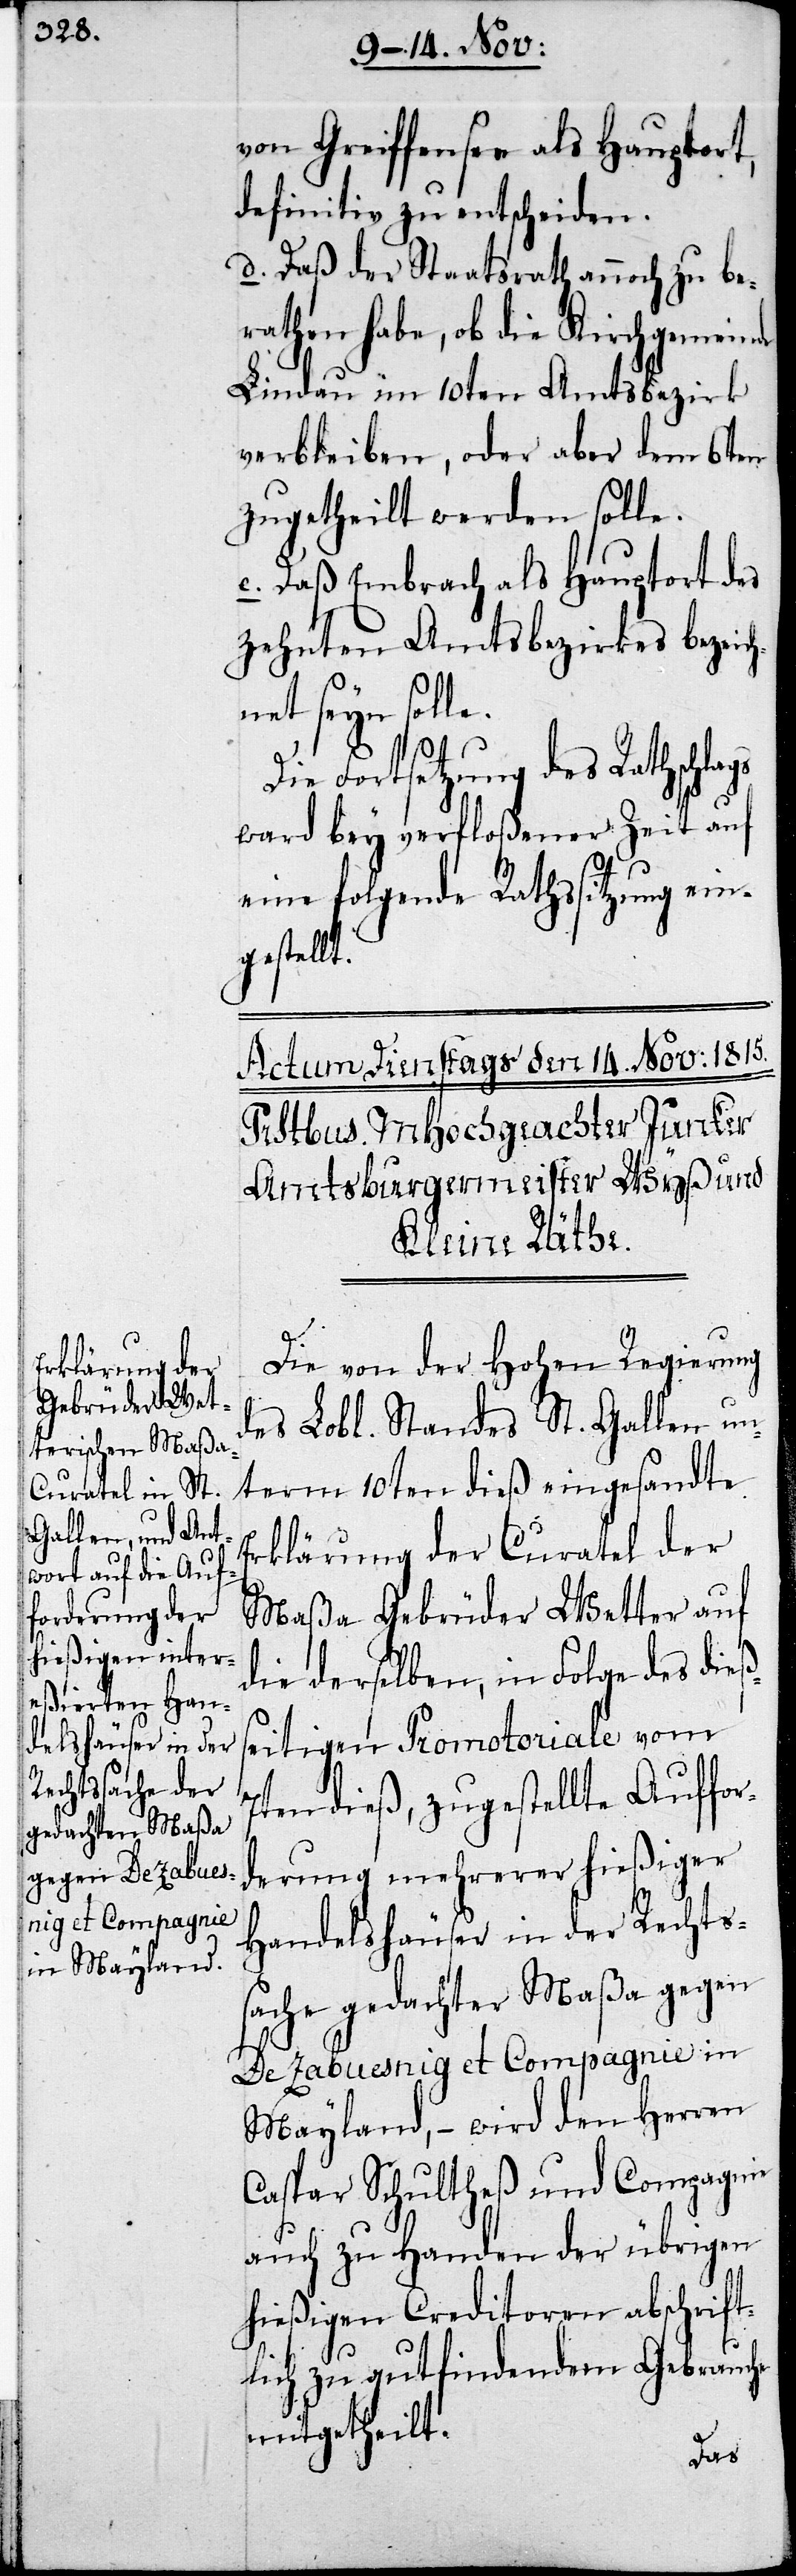
von Greiffensee als Hauptort,
definitiv zu entscheiden.
d. Dass der Staatsrath annoch zu be¬
rathen habe, ob die Kirchgemeinde
Lindau im 10ten Amtsbezirk
verbleiben, oder aber dem 6ten
zugetheilt werden solle.
e. Dass Embrach als Hauptort des
zehnten Amtsbezirkes bezeich¬
net seyn solle.
Die Fortsetzung des Rathschl¬
ward bey verfloßener Zeit auf
eine folgende Rathssitzung ein¬
gestellt.
Die von der Hohen Regierung
des Lobl. Standes St. Gallen un¬
term 10ten dieß eingesandte
Erklärung der Curatel der
Maßa Gebrüder Wetter auf
die derselben, in Folge des dieß¬
seitigen Promotoriale vom
7ten dieß, zugestellte Auffor¬
derung mehrerer hießiger
Handelshäuser in der Rechts¬
sache gedachter Maßa gegen
De Zabuesnig et Compagnie in
Mayland, – wird den Herren
Caspar Schultheß und Compagnie
auch zu Handen der übrigen
hießigen Creditoren abschrift¬
lich zu gutfindendem Gebrauche
mitgetheilt.
ags